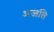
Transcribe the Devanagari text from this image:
अजति